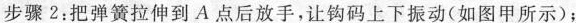
步骤2：把弹簧拉伸到A点后放手，让钩码上下振动(如图甲所示)；